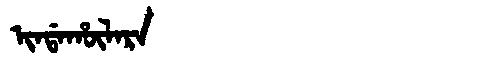
Manchu: ᡳᠨᡩᠠᡥᡡᠯᠠᡵᠠ
Romanization: INDAHŪLARA